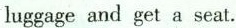
luggage and get a seat.